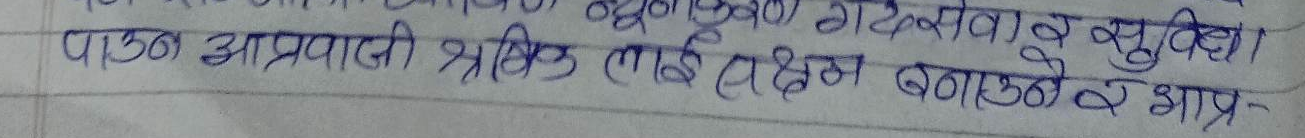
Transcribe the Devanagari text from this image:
गैटखावा व सुविधा
पाउँ आप्रवासी श्रमिक लाई (लक्ष्म बनाऊँदा छात्र-